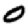
Digit: 0